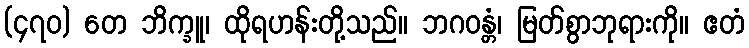
(၄၇၀) တေ ဘိက္ခူ၊ ထိုရဟန်းတို့သည်။ ဘဂဝန္တံ၊ မြတ်စွာဘုရားကို။ ဧတံ